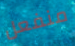
منفعل